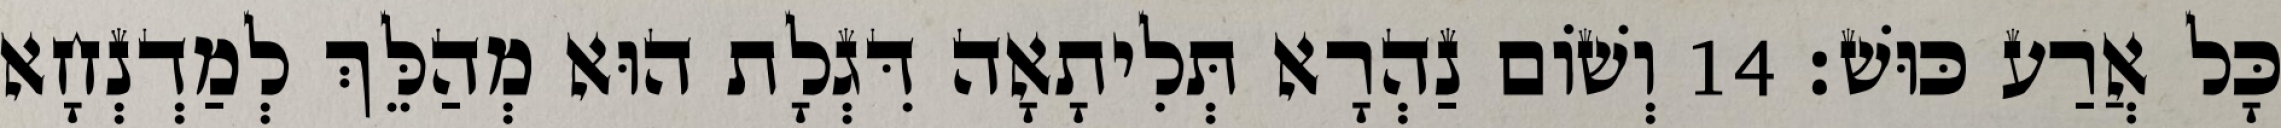
כָּל אֲרַע כּוּשׁ׃ 14 וְשׁוֹם נַהְרָא תְּלִיתָאָה דִּגְלָת הוּא מְהַלֵּךְ לְמַדְנְחָא